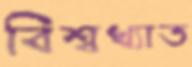
বিশ্বখ্যাত